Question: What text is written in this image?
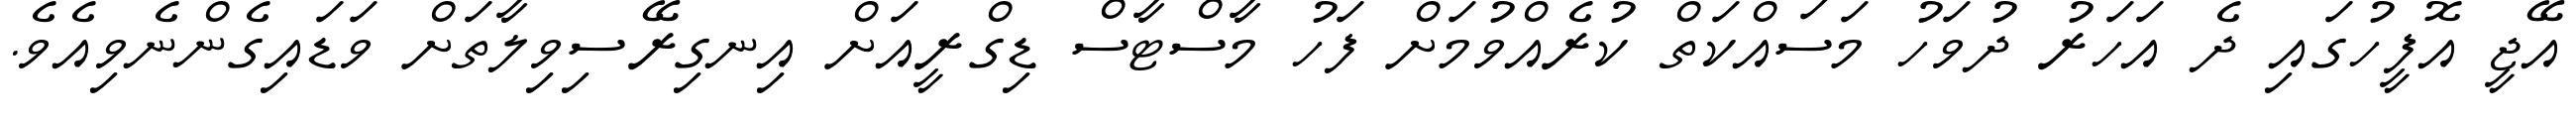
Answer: އޭޖީ އޮފީހުގައި ދެ އަހަރު ދުވަހު މަސައްކަތް ކުރެއްވުމަށް ފަހު މާސްޓާސް ޑިގްރީއަށް އިނގިރޭސިވިލާތަށް ވަޑައިގެންނެވިއެވެ.